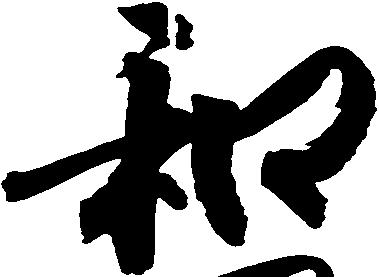
和